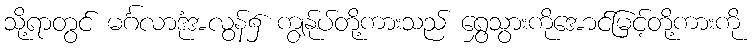
သို့ရာတွင် မင်္ဂလာဒုံအလွန်၌ ကျွန်ုပ်တို့ကားသည် ရွှေသွားကိုအောင်မြင့်တို့ကားကို